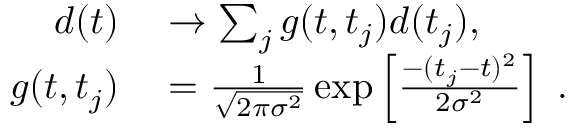
\begin{array} { r l } { d ( t ) } & { { } \to \sum _ { j } g ( t , t _ { j } ) d ( t _ { j } ) , } \\ { g ( t , t _ { j } ) } & { { } = \frac { 1 } { \sqrt { 2 \pi \sigma ^ { 2 } } } \exp \left[ \frac { - ( t _ { j } - t ) ^ { 2 } } { 2 \sigma ^ { 2 } } \right] \; . } \end{array}